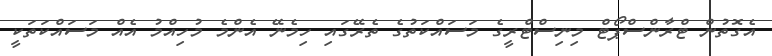
އެގޮތުން ޓްރާންސްޕޯޓް މިނިސްޓްރީގެ މަސައްކަތުގެ ތެރޭގައި ހިމެނޭ އެންމެ މުހިއްމު އެއް މަސައްކަތަކީ